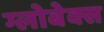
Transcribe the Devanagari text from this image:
ग्लोबेक्स